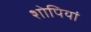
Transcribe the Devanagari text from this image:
शोपियां